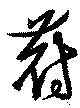
蔚